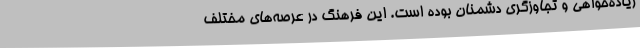
زیاده‌خواهی و تجاوزگری دشمنان بوده است. این فرهنگ در عرصه‌های مختلف